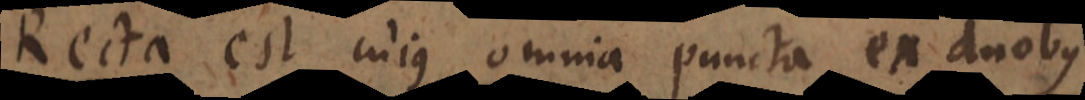
a est cujus omnia puncta ex duobus